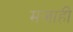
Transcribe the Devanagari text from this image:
मजाही